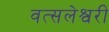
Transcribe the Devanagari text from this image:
वत्सलेश्वरी